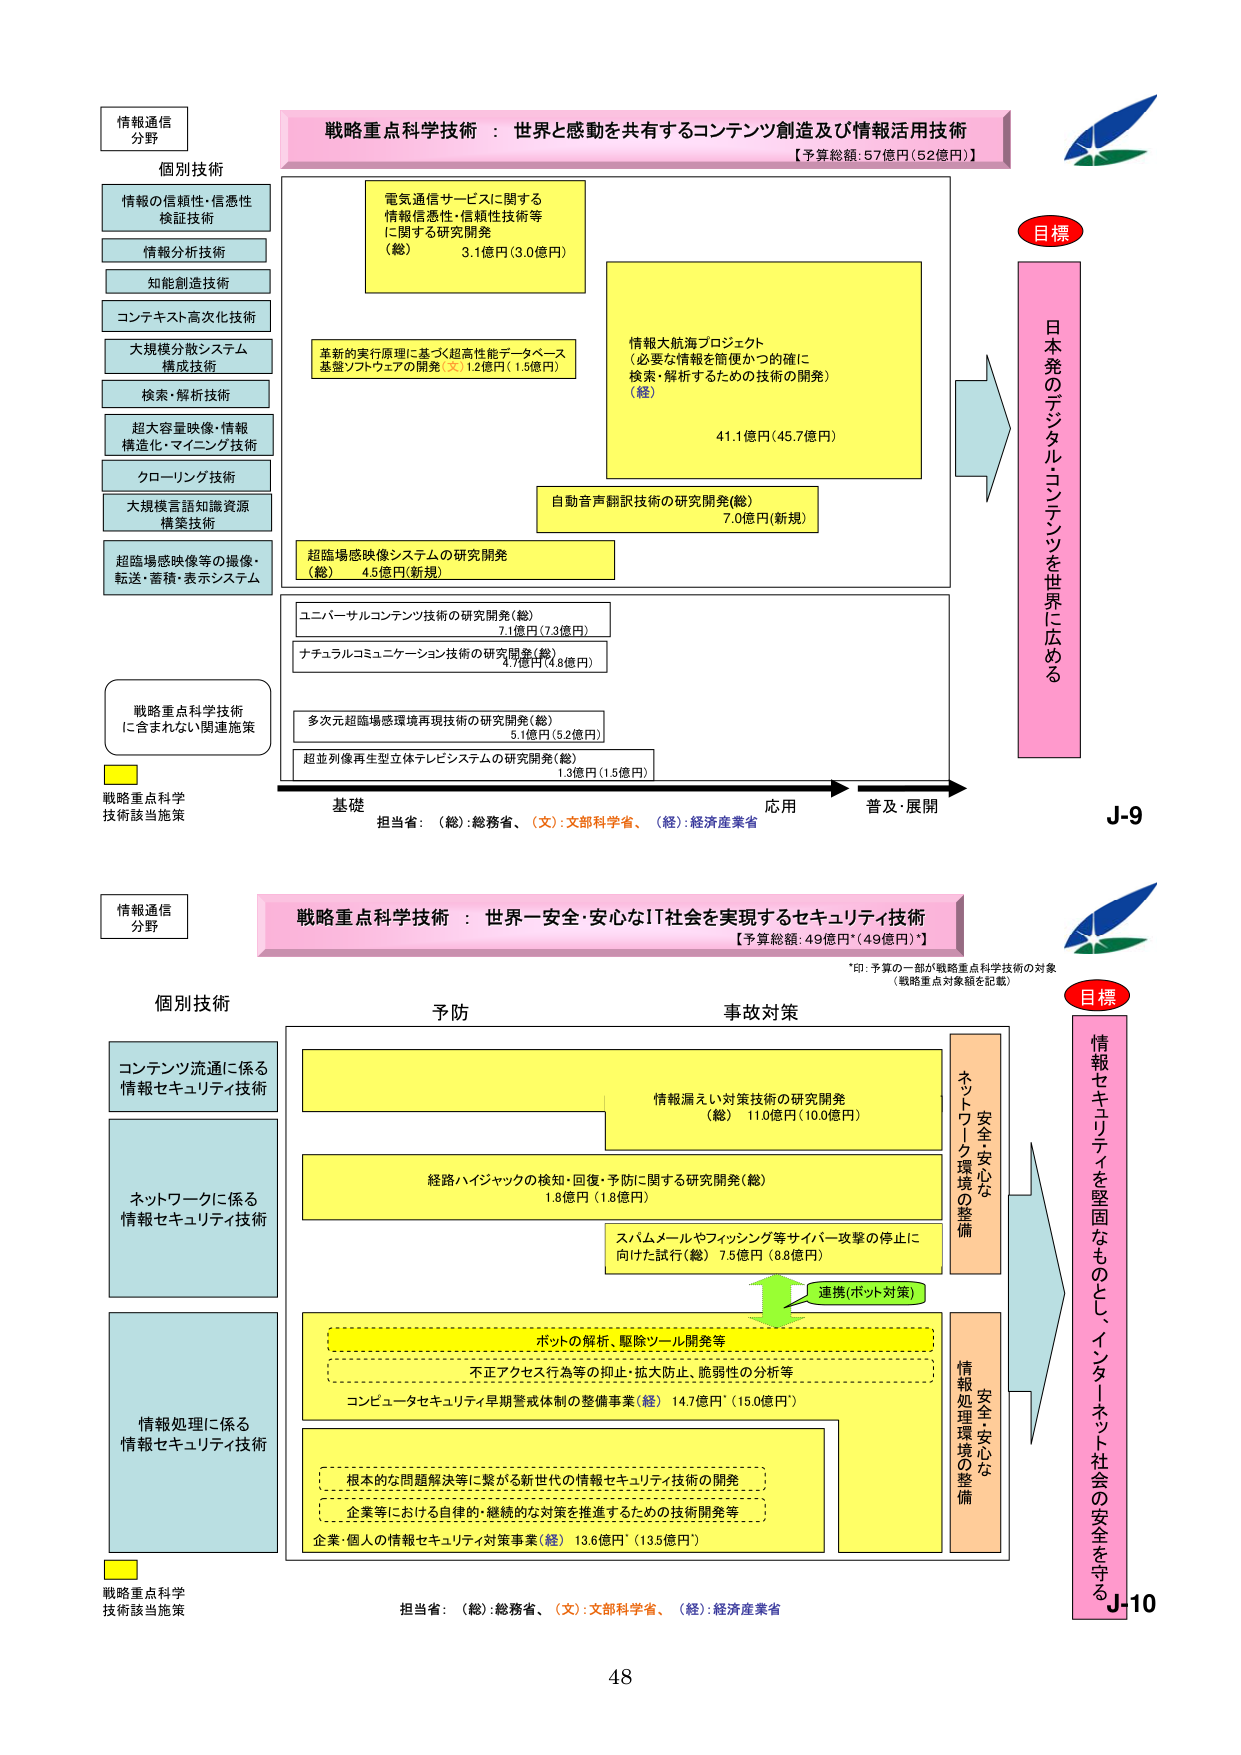
情報通信
分野

戦略重点科学技術：世界と感動を共有するコンテンツ創造及び情報活用技術
【予算総額：57億円（52億円）】

目標
日本発のデジタル・コンテンツを世界に広める

個別技術
情報の信頼性・信憑性検証技術
情報分析技術
知能創造技術
コンテンツ高次化技術
大規模分散システム構成技術
検索・解析技術
超大容量映像・情報構造化・マイニング技術
クローリング技術
大規模言語知識資源構築技術
超臨場感映像等の撮像・転送・蓄積・表示システム

電気通信サービスに関する情報憑性・信頼性技術等に関する研究開発（総） 3.1億円（3.0億円）
革新的実行原理に基づく超高性能データベース基盤ソフトウェアの開発（文） 1.2億円（1.5億円）
情報大航海プロジェクト（必要な情報を簡便かつ的確に検索・解析するための技術の開発）（経） 41.1億円（45.7億円）
自動音声翻訳技術の研究開発（経） 7.0億円（新規）
超臨場感映像システムの研究開発（総） 4.5億円（新規）
ユニバーサルコンテンツ技術の研究開発（総） 7.1億円（7.3億円）
ナチュラルコミュニケーション技術の研究開発（総） 4.7億円（4.8億円）
多次元超臨場感環境再現技術の研究開発（総） 5.1億円（5.2億円）
超並列像再生型立体テレビシステムの研究開発（総） 1.3億円（1.5億円）

戦略重点科学技術に含まれない関連施策

戦略重点科学技術該当施策

基礎 → 応用 → 普及・展開
担当省：（総）：総務省、（文）：文部科学省、（経）：経済産業省

J-9

情報通信
分野

戦略重点科学技術：世界一安全・安心なIT社会を実現するセキュリティ技術
【予算総額：49億円*（49億円）*】
*印：予算の一部が戦略重点科学技術の対象（戦略重点対象額を記載）

目標
情報セキュリティを堅固なものとし、インターネット社会の安全を守る

個別技術
コンテンツ流通に係る情報セキュリティ技術
ネットワークに係る情報セキュリティ技術
情報処理に係る情報セキュリティ技術

予防
事故対策

情報漏えい対策技術の研究開発（総） 11.0億円（10.0億円）
経路ハイジャックの検知・回復・予防に関する研究開発（総） 1.8億円（1.8億円）
スパムメールやフィッシング等サイバー攻撃の停止に向けた試行（総） 7.5億円（8.8億円）
連携（ボット対策）
ボットの解析、駆除ツール開発等
不正アクセス行為等の抑止・拡大防止、脆弱性の分析等
コンピュータセキュリティ早期警戒体制の整備事業（経） 14.7億円*（15.0億円）
根本的な問題解決等に繋がる新世代の情報セキュリティ技術の開発
企業等における自律的・継続的な対策を推進するための技術開発等
企業・個人の情報セキュリティ対策事業（経） 13.6億円*（13.5億円）

ネットワーク環境の整備
安全・安心な
情報処理環境の整備
安全・安心な

戦略重点科学技術該当施策

担当省：（総）：総務省、（文）：文部科学省、（経）：経済産業省

J-10

48